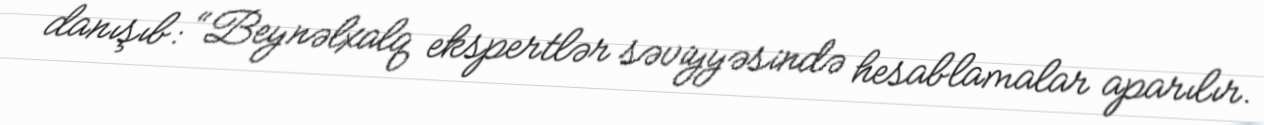
danışıb: “Beynəlxalq ekspertlər səviyyəsində hesablamalar aparılır.